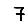
Digit: 7